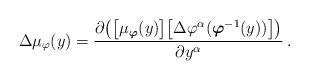
LaTeX: \begin{align*}\Delta\mu_\varphi(y)=\frac{\partial\bigl(\bigl[\mu_{\boldsymbol\varphi}(y)\bigr]\bigl[\Delta\varphi^\alpha(\boldsymbol\varphi^{-1}(y))\bigr]\bigr)}{\partial y^\alpha}\,.\end{align*}